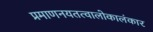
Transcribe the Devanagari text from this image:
प्रमाणनयतत्वालोकालंकार